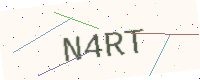
Text: N4RT